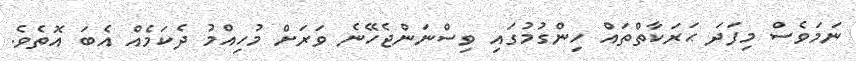
ނަމަވެސް މިފަދަ ޙަރަކާތްތައް ހިންގުމުގައި ވިސްނަންޖެހޭނެ ވަރަށް މުހިއްމު ދެކަމެއް އެބަ އޮތެވެ.